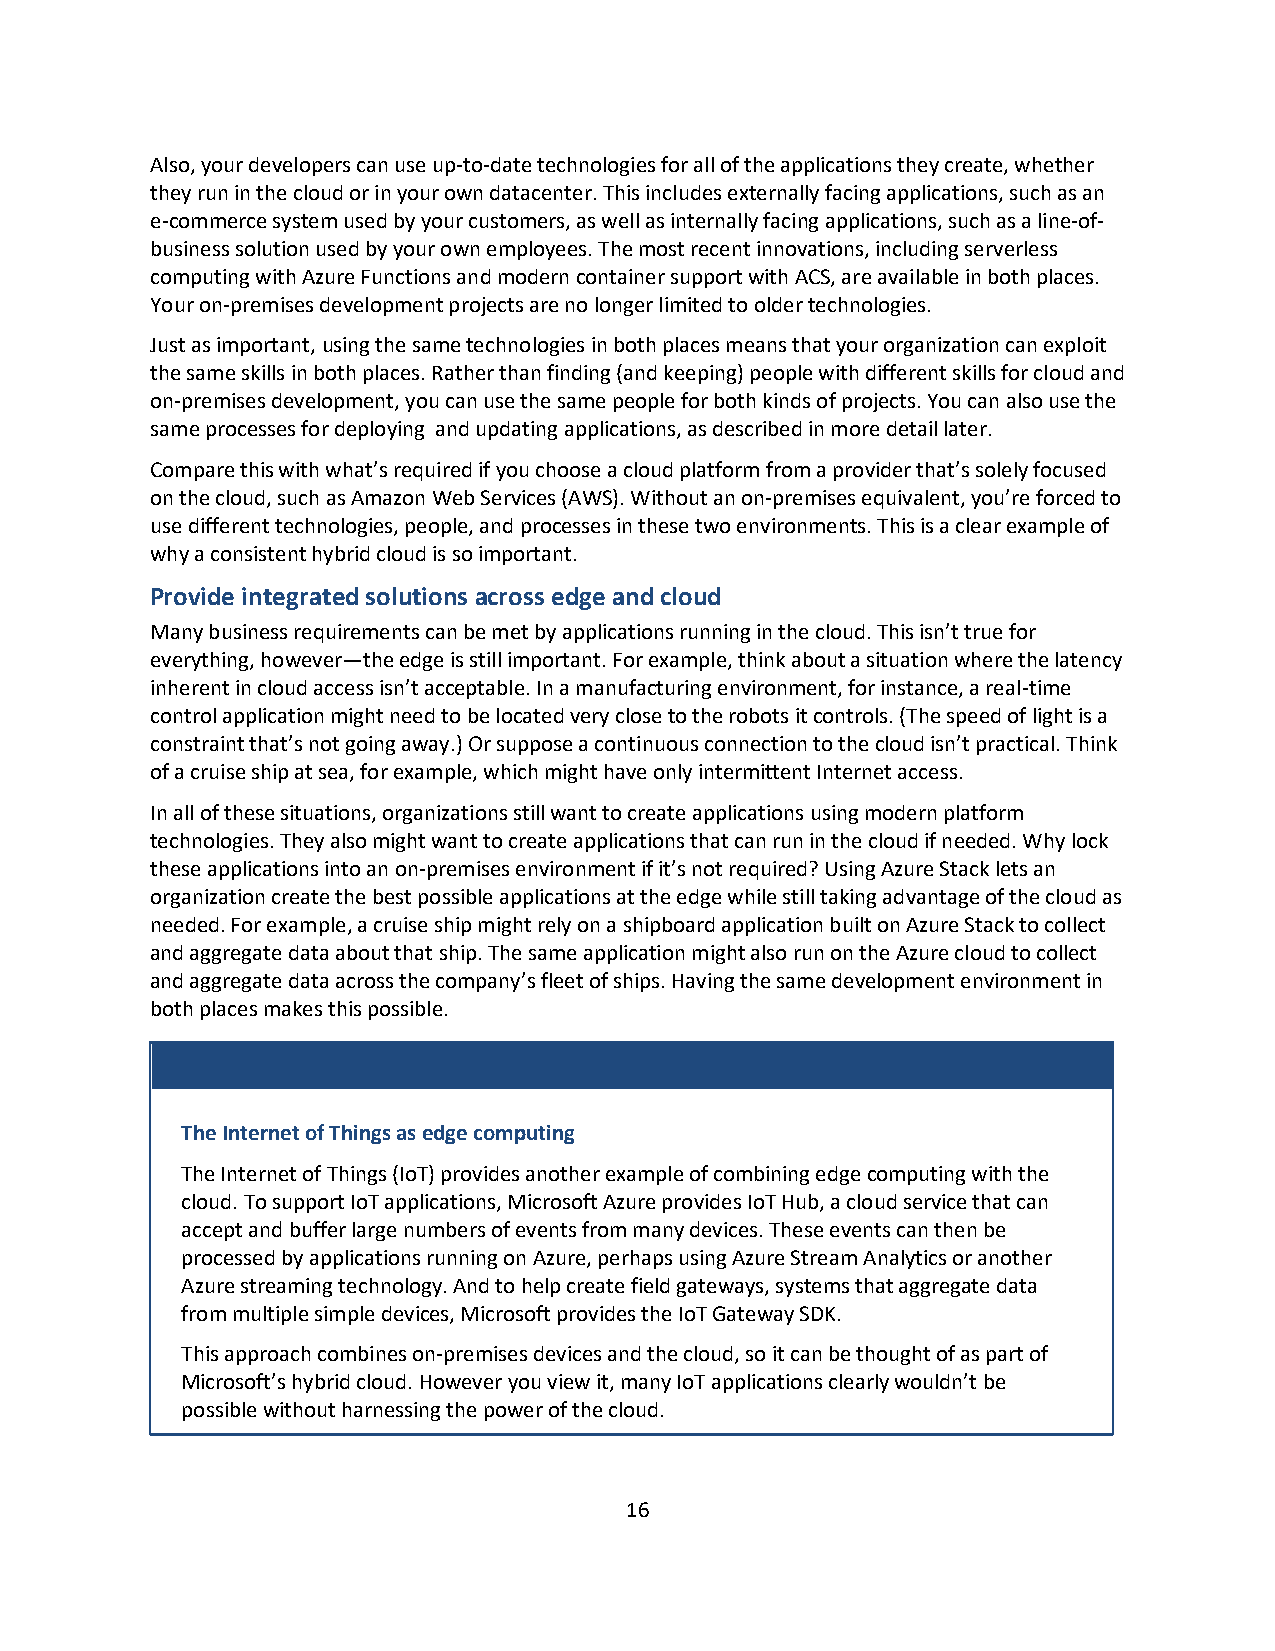
Also, your developers can use up-to-date technologies for all of the applications they create, whether
 they run in the cloud or in your own datacenter. This includes externally facing applications, such as an
 e-commerce system used by your customers, as well as internally facing applications, such as a line-of-
 business solution used by your own employees. The most recent innovations, including serverless
 computing with Azure Functions and modern container support with ACS, are available in both places.
 Your on-premises development projects are no longer limited to older technologies.
 Just as important, using the same technologies in both places means that your organization can exploit
 the same skills in both places. Rather than finding (and keeping) people with different skills for cloud and
 on-premises development, you can use the same people for both kinds of projects. You can also use the
 same processes for deploying and updating applications, as described in more detail later.
 Compare this with what’s required if you choose a cloud platform from a provider that’s solely focused
 on the cloud, such as Amazon Web Services (AWS). Without an on-premises equivalent, you’re forced to
 use different technologies, people, and processes in these two environments. This is a clear example of
 why a consistent hybrid cloud is so important.
 Provide integrated solutions across edge and cloud
 Many business requirements can be met by applications running in the cloud. This isn’t true for
 everything, however—the edge is still important. For example, think about a situation where the latency
 inherent in cloud access isn’t acceptable. In a manufacturing environment, for instance, a real-time
 control application might need to be located very close to the robots it controls. (The speed of light is a
 constraint that’s not going away.) Or suppose a continuous connection to the cloud isn’t practical. Think
 of a cruise ship at sea, for example, which might have only intermittent Internet access.
 In all of these situations, organizations still want to create applications using modern platform
 technologies. They also might want to create applications that can run in the cloud if needed. Why lock
 these applications into an on-premises environment if it’s not required? Using Azure Stack lets an
 organization create the best possible applications at the edge while still taking advantage of the cloud as
 needed. For example, a cruise ship might rely on a shipboard application built on Azure Stack to collect
 and aggregate data about that ship. The same application might also run on the Azure cloud to collect
 and aggregate data across the company’s fleet of ships. Having the same development environment in
 both places makes this possible.
 The Internet of Things as edge computing
 The Internet of Things (IoT) provides another example of combining edge computing with the
 cloud. To support IoT applications, Microsoft Azure provides IoT Hub, a cloud service that can
 accept and buffer large numbers of events from many devices. These events can then be
 processed by applications running on Azure, perhaps using Azure Stream Analytics or another
 Azure streaming technology. And to help create field gateways, systems that aggregate data
 from multiple simple devices, Microsoft provides the IoT Gateway SDK.
 This approach combines on-premises devices and the cloud, so it can be thought of as part of
 Microsoft’s hybrid cloud. However you view it, many IoT applications clearly wouldn’t be
 possible without harnessing the power of the cloud.
 16